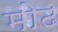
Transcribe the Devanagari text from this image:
मोढ